Tezpur Lunatic Asylum reports 1877-1894 - 1877-1894
Year: 1877
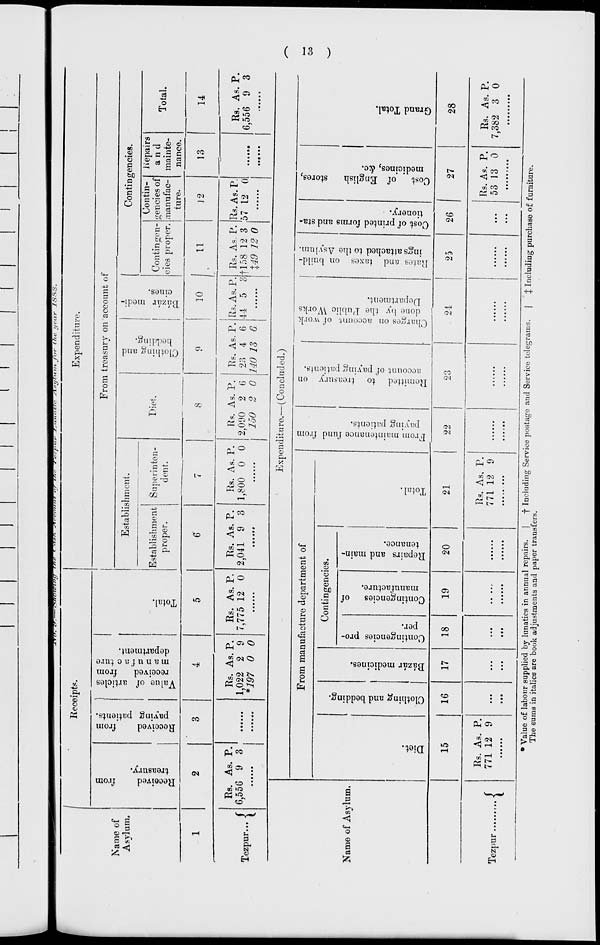
fl> C
1 O
Q] —
65
5 'cf
d CD
o c
a i^
P T)
2 cr
Oj 3
73 ►-.
crt- O
a co
I -•
B 3
0
a
p a
5 c
CO
"3 w
2 s»
-1
p
D
CO
<-h~
re
to
a
B
5'
CO
CD
>-<
< t
c,'
CD
0^
o
P
B
&
03
P.
o
CD
«T
en
"i
P
5
CO
3
a
5'
cr?
►a
e
i
o
B*
p
CD
©
o
l-b
i
o
>
to
I
1-4 1
Name of
Asylum.
"bi Rj
: e&
to
Received
from
treasury.
o
71
fcO ST
Diet.
O
3
3
P
p
a
►-+3
o
ft-
9
>s
ft
C
a>
►d
BO
H
3
CD
0
e-t-
O
•s.
ns o
3
g-
Ct-
a
O o
o^
si
Oo
Received
from
paying patients.
• :
as
Clothing and bedding.
Rs. As. P.
1,022 2 9
*i07 0 0
rf-
Value of articles
received
from
m a n u f a c ture
department.
M
Bazar medicines.
; i
i—»
CO
Contingencies pro-
per.
c
o
3
el-
s'
crc>
ct>
0
2. 5*
CO
• (—» *)>
o^
Total.
; i
Contingencies of
manufacture.
tO
o
Repairs and main-
tenance.
to
t* CO
2 i—' •
• CO co
C5
CO
r-f-
C M!
3
So*
o
►=1
O
r*-
o
(S
CO
H
1
'■<
O
sa
o
o
rt-
t?3
X
CD
3
°".
3
'
"^ .73
: H* >
• to CO
to
Total.
: o? 3
:
-.>
• O 30
KTH
o. w
~1
CO
2 2.
-♦■ o
a>
?
tO
to
From maintenance fund from
paying patients.
J 0
Ci to ^
<*£> O •
>
bo tO co
'CO
M
to
CO
Remitted to treasury on
account of paying patients.
M^ to a
Oo *» >
CO
Ci O hj
-5
o
I—*
Clothing and
bedding.
to
Charges on account of work
done by the Public Works
Department.
CO . u
Bazar medi-
cines.
to
Rates and taxes on build-
ings attached to the Asylum.
—(-
-M- i—« i—)
Ha. t" g 3
co co •
^ •-» >*
f.N0 lO i»
o> cc pr
H3 O
T3 ST.
o o 0
5'
CD
d
2.
CO
• •
to
Cost of printed forms and sta-
tionery. •
co
: io>
.
lN^
CO
0 nd
to
3 J^
5 2 C
3j §2
. p c/i S
9 o T
CO «>
CO 50
to
^1
Cost
of English
stores,
medicines, &c.
f
w
a a co -•
S3 » W <T>
•
CO
to
co
Grand Total.
<
;
<
I
<
<
3d
->« ST
35 •
so cT
w 1^
1—»
o
El
I
( gr )